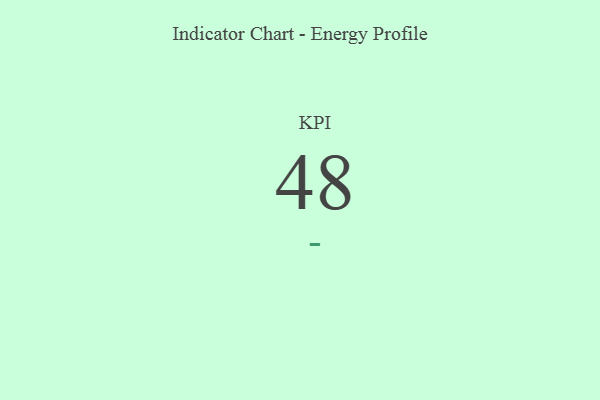
{"axis": {"x": "KPI", "y": "Value"}, "legend": [""], "data": [{"x": "KPI", "y": 48, "type": ""}]}